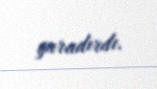
yaradırdı.